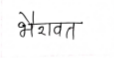
मजकूर: भैरावत